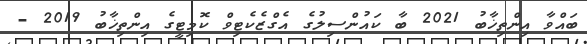
ބައްވާ އިންތިޚާބު 2021 ބާ ކައުންސިލުގެ އެގްޒެކެޓިވް ކޮމިޓީގެ އިންތިޚާބު 2019 -